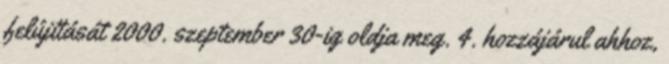
felújítását 2000. szeptember 30-ig oldja meg. 4. hozzájárul ahhoz,